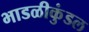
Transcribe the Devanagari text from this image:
भाडळीकुंडल